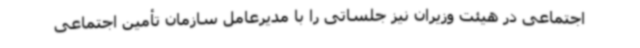
اجتماعی در هیئت وزیران نیز جلساتی را با مدیرعامل سازمان تأمین اجتماعی